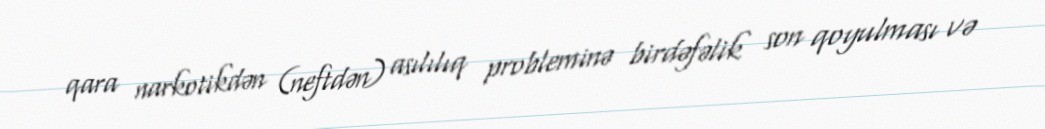
qara narkotikdən (neftdən) asılılıq probleminə birdəfəlik son qoyulması və